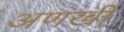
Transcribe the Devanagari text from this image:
अणखी